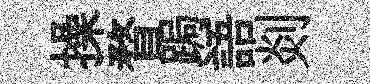
操瞀跼語剡